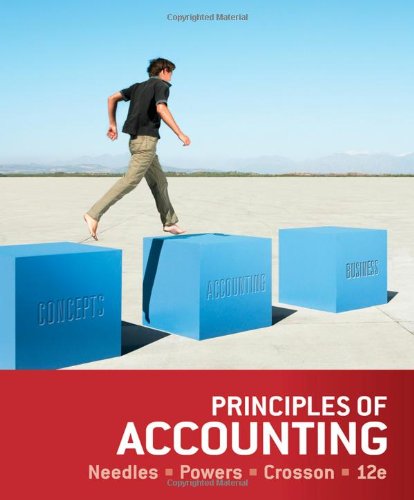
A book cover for Principles of Accounting; Belverd E. Needles; Business & Money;